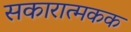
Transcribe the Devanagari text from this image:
सकारात्मकक